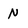
Character: N